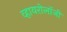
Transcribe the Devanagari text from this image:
व्हायरोलॉजी